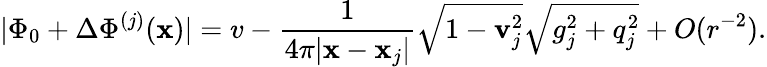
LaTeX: |\Phi_{0}+\Delta\Phi^{(j)}({\mathbf x})|=v-\frac{1}{4\pi|{\mathbf x}-{\mathbf x}_{j}|}\sqrt{1-{\mathbf v}_{j}^{2}}\sqrt{g_{j}^{2}+q_{j}^{2}}+O(r^{-2}).